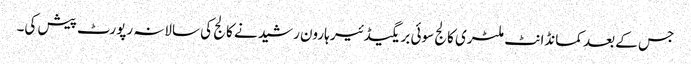
جس کے بعد کمانڈانٹ ملٹری کالج سوئی بریگیڈئیر ہارون رشید نے کالج کی سالانہ رپورٹ پیش کی۔